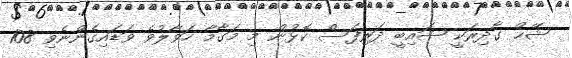
ޝޭޙް ގާދިރަކީ ޝައިބީ ދަރިފަސް ކޮޅުން މި މަގާމާ ހަވާލުވެ ވަޑައިގެންނެވި 108